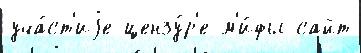
уча́ст'иjе цензу́р'е м'и́фы сайт